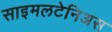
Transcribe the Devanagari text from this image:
साइमलटेनिअस